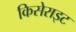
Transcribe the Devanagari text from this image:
किसेराइट